Vital statistics of India. Vol. IV, Annual returns from 1871 to 1876. British Army of India, Native Army and jails of Bengal
Year: 1871
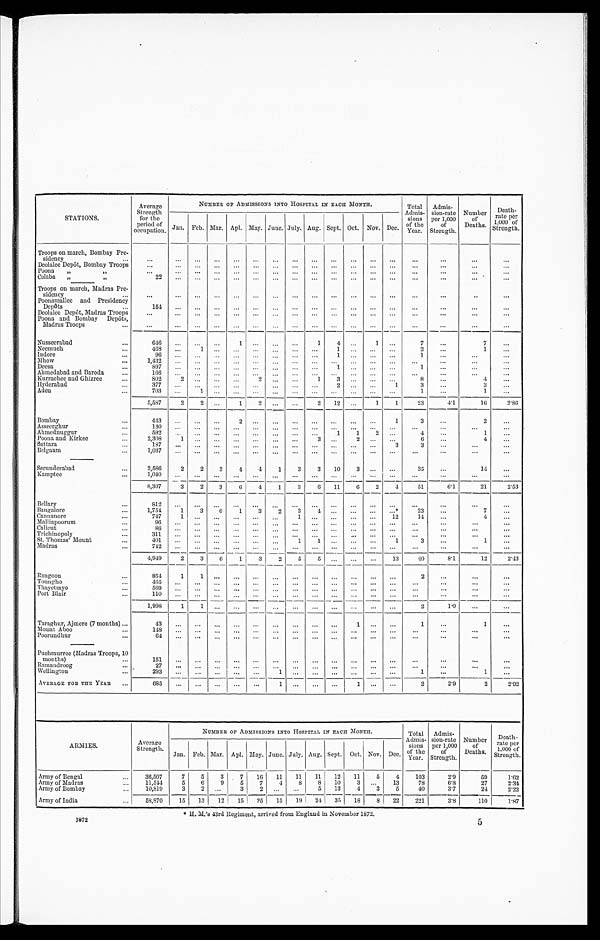
STATIONS.
Average
Strength
for the
period of
occupation.
NUMBER OF ADMISSIONS INTO HOSPITAL IN EACH MONTH.
Total
Admis-
sion
s
of the
Year.
Admis-
sion-rate
per 1,000
of
Strength.
Number
of
Deaths.
Death-
rate per
1,000 of
Strength.
Jan. Feb. Mar. Apl. May. June. July. Aug. Sept. Oct. Nov. Dec.
Troops on march, Bombay Pre-
sidency
. . .
. . .
...
. . .
. . .
. . .
. . .
. . .
. . .
. . .
. . .
. . .
. . .
. . .
. . .
. . .
...
Deolalee Depôt, Bombay Troops
. . .
. . .
...
...
. . .
. . . . . .
. . .
. . .
. . .
. . .
. . . ...
. . .
. . .
. . .
...
Poona
,, ,,
. . .
. . .
. . .
. . .
. . .
... . . .
... ...
. . . ...
...
...
. . .
. . .
. . .
...
Colaba ,, ,,
22
. . . ...
...
. . .
. . . . . .
... . . .
. . .
. . . . . .
...
...
...
...
...
Troops on march, Madras Pre-
sidency
. . .
. . .
. . .
. . .
. . .
. . . . . .
...
...
...
. . .
. . .
. . .
. . .
. . .
. . .
. . .
Poonamallee and Presidency
Depôts
154
. . . ...
. . .
. . .
...
. . . ...
. . .
. . . ...
...
...
. . .
. . .
. . .
...
Deolalee Depôt, Madras Troops
. . . . . .
. . . ...
...
... ...
...
. . .
. . .
. . .
. . . ...
. . .
. . .
. . .
. . .
Poona and Bombay Depôts,
Madras Troops
...
...
...
...
...
... ...
. . .
. . .
. . . ...
. . .
. . .
...
. . .
. . .
. . .
Nusseerabad
646
. . .
...
...
1 ...
. . . ...
1
4
. . .
1 ...
7
...
7
...
Neemuch
468
...
1 ...
. . . ... ...
...
. . .
1
. . . ...
...
2
...
1
...
Indore
9 6
. . .
. . .
. . .
. . . ... . . .
. . .
. . .
1
. . . ...
...
1
. . .
...
...
Mhow
1,432
...
. . . ...
. . . ...
. . . ...
. . .
. . .
. . .
. . . ...
. . . ...
...
. . .
Deesa
897
...
. . .
. . .
. . .
. . . . . .
...
. . .
1
. . .
. . . ...
1
...
...
. . .
Ahmedabad and Baroda
166
...
...
...
...
... . . .
. . .
. . .
. . .
. . .
. . . ...
...
...
...
...
Kurrachee and Ghizree
802
2 ...
. . .
. . . 2
. . .
. . .
1
3
. . .
. . . ...
8
...
4
...
Hyderabad
377
...
. . .
. . .
. . .
. . . . . .
. . . ...
2
. . .
. . .
1
3
...
3
. . .
Aden
703
...
1
. . .
. . .
. . .
. . . ...
. . .
. . .
. . .
. . . ...
1
...
. . . ...
5,587
2
2
. . .
1
2
. . .
. . .
2
12 ...
1
1
23
4.1
16
2.86
Bombay
4 4 3
. . .
. . .
. . .
2 ...
. . . ...
. . .
. . .
. . .
. . . 1
3
. . .
2
...
Asseerghur
130
. . .
. . .
. . .
. . .
. . . . . .
. . .
. . . ...
...
...
...
...
. . .
. . .
. . .
Ahmednuggur
592
. . . . . .
. . .
. . .
. . . . . .
. . .
. . .
1
1
2 ...
4
...
1
...
Poona and Kirkee
2,308
1 ...
...
...
...
...
...
3
. . .
2
. . .
. . .
6
. . .
4
. . .
Sattara
187
. . .
...
. . .
. . . ...
. . . ...
. . .
. . .
. . .
. . .
3
3
...
...
. . .
Belgaum
1,037
. . . ...
...
...
...
...
...
. . . ...
. . .
. . .
. . .
...
. . .
. . .
. . .
Secunderabad
2,586
2
2
3
4
4
1
3
3
10
3
. . . ...
35
. . .
14
...
Kamptee
1,040
. . .
. . .
. . .
. . . ...
. . . ...
. . .
. . .
. . .
. . . ...
. . .
. . .
...
. . .
8,307
3
2
3
6
4
1
3
6
11
6
2
4
51
6.1
21
2.53
Bellary
812
. . .
. . .
. . .
. . . ...
. . . ...
. . .
. . .
. . .
. . . ...
. . .
. . .
. . .
. . .
Bangalore
1,754
1
3
6
1
3
2
3
4
. . .
. . .
. . .
. . . *
23
. . .
7
. . .
Cannanore
747
1
. . .
. . .
. . . ...
. . . ...
. . .
. . .
. . . ...
12
14
...
4
...
Malliapoorum
96
... ...
. . .
. . . ...
. . . ...
. . .
. . .
. . .
. . . ...
...
...
...
...
Calicut
8 6
. . . ...
. . .
. . .
. . .
. . .
. . .
. . .
. . .
. . .
. . .
. . .
...
...
...
...
Trichinopoly
311
... ...
. . .
. . .
. . . . . .
...
. . .
. . . ...
...
...
...
...
...
...
St. Thomas' Mount
401
. . . ...
. . .
. . . ... ...
1
1
. . .
. . .
. . .
1
3
...
1
...
Madras
742
...
...
...
...
... ...
. . . ...
. . .
. . .
. . .
. . .
. . . ...
...
...
4,949
2
3
6
1
3
2
5
5
. . .
. . .
. . . 13
40
8.1
12
2.43
Rangoon
854
1
1
. . .
. . .
...
...
... ...
... ...
...
...
2
...
...
...
Toungho
4 6 5
. . .
. . .
. . .
. . . ...
. . . ...
. . .
. . .
. . .
. . .
. . .
. . .
. . .
. . .
. . .
Thayetmyo
569
. . .
. . .
. . .
. . . ...
. . . ...
...
...
. . . ...
...
. . .
. . .
. . .
. . .
Port Blair
110
. . .
. . .
. . .
...
...
...
...
...
...
. . .
. . . ...
. . .
...
...
...
1,998
1 1
. . .
. . .
. . .
. . .
. . .
. . .
. . .
. . .
. . . ...
2
1.0
...
...
Taraghur, Ajmere (7 months)
43
. . .
...
. . .
. . .
...
. . .
...
...
...
1
. . . ...
1
...
1
...
Mount Aboo
148
. . .
...
. . .
. . .
...
. . .
...
. . .
. . .
. . .
. . . ...
. . . ...
...
. . .
Poorundhur
64
. . .
...
...
... ...
...
...
...
... ...
...
...
. . .
. . .
. . .
...
Puchmurree (Madras Troops, 10
months)
151
...
...
. . .
. . .
. . . . . .
...
...
...
. . .
...
. . .
...
...
...
...
Ramandroog
27
. . .
...
. . .
. . .
. . .
. . .
. . .
. . .
. . .
. . .
. . .
. . .
. . .
. . .
. . .
. . .
Wellington
293
... ...
. . .
. . . ...
1 ...
. . .
. . .
. . .
. . .
...
1
...
1
...
AVERAGE FOR THE YEAR
6 8 5
. . .
...
. . .
. . .
...
1 ...
. . .
. . .
1
. . .
...
2
2.9
2
2.92
ARMIES.
Average
Strength.
NUMBER OF ADMISSIONS INTO HOSPITAL IN EACH MONTH.
Total
Admis-
sions
of the
Year.
Admis-
sion-rate
per 1,000
of
Strength.
Number
of
Deaths.
Death-
rate per
1,000 of
Strength.
Jan. Feb. Mar. Apl. May. June. July. Aug. Sept. Oct. Nov. Dec.
Army of Bengal
36,507
7
5
3
7
16
11
11
11
12
11
5
4
103
2.9
59
1.62
Army of Madras
11,544
5
6
9
5
7
4
8
8
10
3 ...
13
78
6.8
27
2.34
Army of Bombay
10,819
3
2 ...
3
2
. . .
. . . 5
13
4
3
5
40
3.7
24
2.22
Army of India
58,870
15
13
12
15
25
15
19
24
35
18
8 22
221
3.8
110
1.87
* H. M.'s 43rd Regiment, arrived from England in November 1872.
1872
5